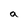
Character: a